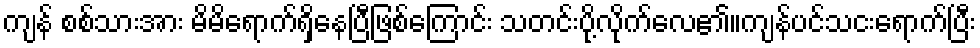
ကျန် စစ်သားအား မိမိရောက်ရှိနေပြီဖြစ်ကြောင်း သတင်းပို့လိုက်လေ၏။ကျန်ပင်သငးရောက်ပြီး